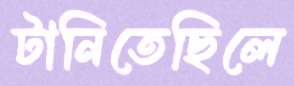
টানিতেছিলে